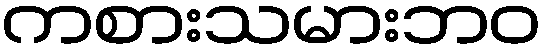
ကစားသမားဘဝ